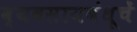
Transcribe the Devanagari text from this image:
व्यवसायबंधूचें